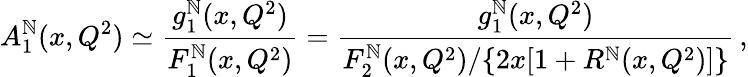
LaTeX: A_{1}^{\mathbb{N}}(x,Q^{2})\simeq\frac{{g_{1}^{\mathbb{N}}(x,Q^{2})}}{{F_{1}^{\mathbb{N}}(x,Q^{2})}}=\frac{{g_{1}^{\mathbb{N}}(x,Q^{2})}}{{F_{2}^{\mathbb{N}}(x,Q^{2})/\{ 2x[1+R^{\mathbb{N}}(x,Q^{2})]\} }}\, ,